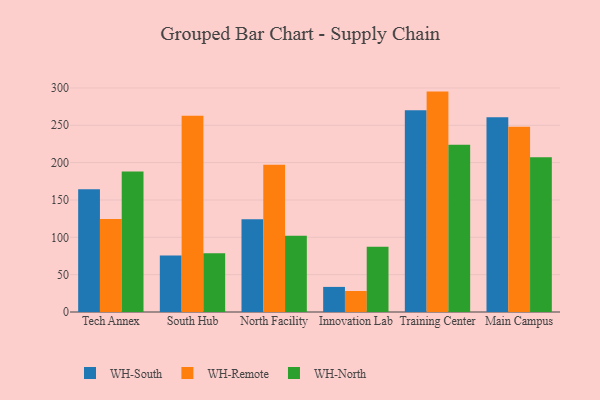
{"axis": {"x": "Campus", "y": "Waste Production (Tons)"}, "legend": ["WH-North", "WH-Remote", "WH-South"], "data": [{"x": "Tech Annex", "y": 164.5, "type": "WH-South"}, {"x": "Tech Annex", "y": 124.5, "type": "WH-Remote"}, {"x": "Tech Annex", "y": 188.2, "type": "WH-North"}, {"x": "South Hub", "y": 75.6, "type": "WH-South"}, {"x": "South Hub", "y": 262.9, "type": "WH-Remote"}, {"x": "South Hub", "y": 78.6, "type": "WH-North"}, {"x": "North Facility", "y": 124.2, "type": "WH-South"}, {"x": "North Facility", "y": 197.2, "type": "WH-Remote"}, {"x": "North Facility", "y": 102.1, "type": "WH-North"}, {"x": "Innovation Lab", "y": 33.6, "type": "WH-South"}, {"x": "Innovation Lab", "y": 28.1, "type": "WH-Remote"}, {"x": "Innovation Lab", "y": 87.2, "type": "WH-North"}, {"x": "Training Center", "y": 270.0, "type": "WH-South"}, {"x": "Training Center", "y": 295.1, "type": "WH-Remote"}, {"x": "Training Center", "y": 223.9, "type": "WH-North"}, {"x": "Main Campus", "y": 260.8, "type": "WH-South"}, {"x": "Main Campus", "y": 247.9, "type": "WH-Remote"}, {"x": "Main Campus", "y": 207.1, "type": "WH-North"}]}